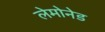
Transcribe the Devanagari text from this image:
लेमोनेड